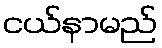
ငယ်နာမည်